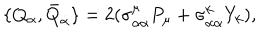
LaTeX: \{ Q _ { \alpha } , \bar { Q } _ { \dot { \alpha } } \} = 2 ( \sigma _ { \alpha \dot { \alpha } } ^ { \mu } P _ { \mu } + \sigma _ { \alpha \dot { \alpha } } ^ { k } Y _ { k } ) ,